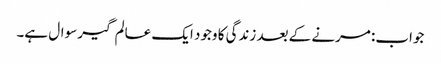
جواب: مرنے کے بعد زندگی کا وجود ایک عالم گیر سوال ہے۔